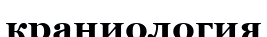
краниология